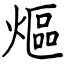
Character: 熰